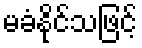
မခံနိုင်သဖြင့်